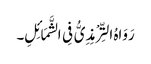
رَوَاہُ التِّرْمِذِیُّ فِی الشَّمَائِلِ۔